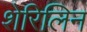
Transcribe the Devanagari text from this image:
शेरिलिन